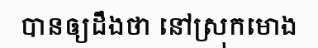
បានឲ្យដឹងថា នៅស្រុកមោង